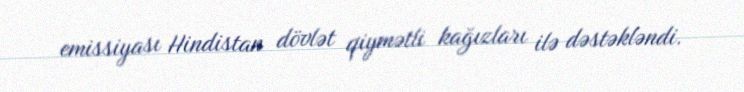
emissiyası Hindistan dövlət qiymətli kağızları ilə dəstəkləndi.